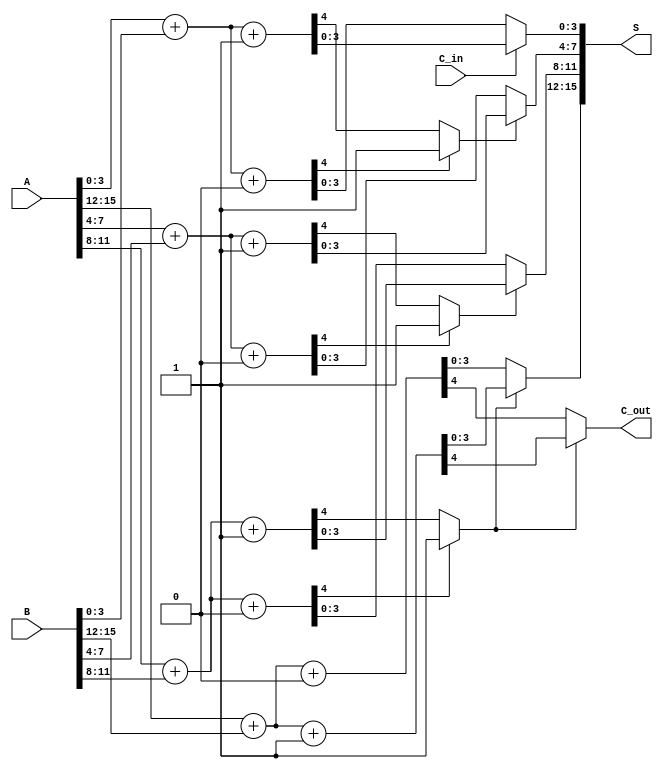
module carry_select_adder #(parameter N = 16) (
    input  [N-1:0] A,
    input  [N-1:0] B,
    input         C_in,
    output [N-1:0] S,
    output        C_out
);

    localparam BLOCK_SIZE = 4;
    localparam NUM_BLOCKS = N / BLOCK_SIZE;

    // Internal signals
    wire [BLOCK_SIZE-1:0] S0 [0:NUM_BLOCKS-1];
    wire [BLOCK_SIZE-1:0] S1 [0:NUM_BLOCKS-1];
    wire C_out0 [0:NUM_BLOCKS-1];
    wire C_out1 [0:NUM_BLOCKS-1];
    wire C_in_temp [0:NUM_BLOCKS-1];

    // Generate Carry Select Adder Blocks
    genvar i;
    generate
        for (i = 0; i < NUM_BLOCKS; i = i + 1) begin : block
            wire [BLOCK_SIZE-1:0] A_block = A[(i+1)*BLOCK_SIZE-1 -: BLOCK_SIZE];
            wire [BLOCK_SIZE-1:0] B_block = B[(i+1)*BLOCK_SIZE-1 -: BLOCK_SIZE];

            // Full adders for C_in = 0
            assign {C_out0[i], S0[i]} = A_block + B_block + 1'b0;

            // Full adders for C_in = 1
            assign {C_out1[i], S1[i]} = A_block + B_block + 1'b1;

            // Set carry-in for the next block
            if (i == 0) begin
                assign C_in_temp[i] = C_in;
            end else begin
                assign C_in_temp[i] = C_out0[i-1] ? 1'b1 : C_out1[i-1];
            end
        end
    endgenerate

    // Mux to select the correct sum and carry-out based on the carry-in
    genvar j;
    generate
        for (j = 0; j < NUM_BLOCKS; j = j + 1) begin : mux
            assign S[(j+1)*BLOCK_SIZE-1 -: BLOCK_SIZE] = C_in_temp[j] ? S1[j] : S0[j];
            if (j == NUM_BLOCKS - 1) begin
                assign C_out = C_in_temp[j] ? C_out1[j] : C_out0[j];
            end
        end
    endgenerate

endmodule